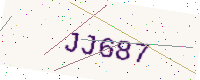
Text: JJ687